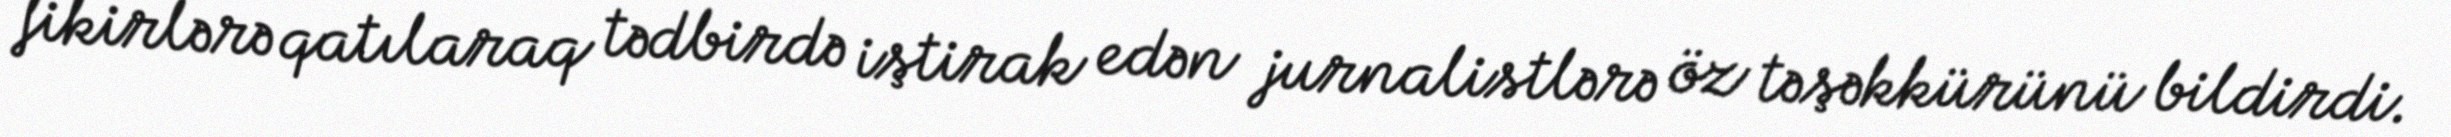
fikirlərə qatılaraq tədbirdə iştirak edən jurnalistlərə öz təşəkkürünü bildirdi.